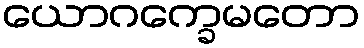
ယောဂက္ခေမတော